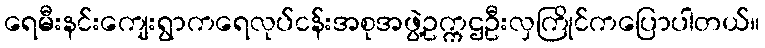
ရေမီးနင်းကျေးရွာကရေလုပ်ငန်းအစုအဖွဲ့ဥက္ကဌဦးလှကြိုင်ကပြောပါတယ်။